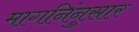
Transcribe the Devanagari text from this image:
मागनिंनुसार